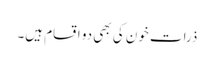
ذرات خون کی بھی دو اقسام ہیں۔